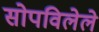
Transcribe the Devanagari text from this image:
सोपविलेले